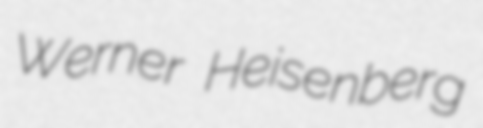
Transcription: Werner Heisenberg